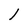
Character: l